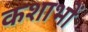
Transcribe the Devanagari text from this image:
कशाभों